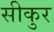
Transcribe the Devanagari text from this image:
सीकुर